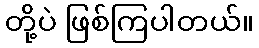
တို့ပဲ ဖြစ်ကြပါတယ်။